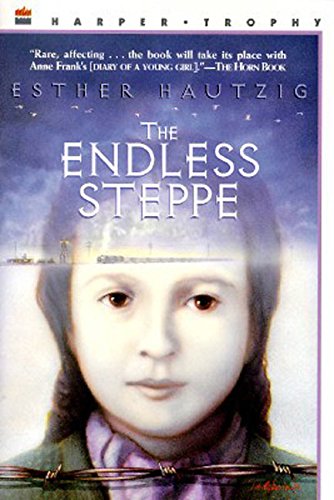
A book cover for The Endless Steppe: Growing Up in Siberia; Esther Hautzig; Children's Books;